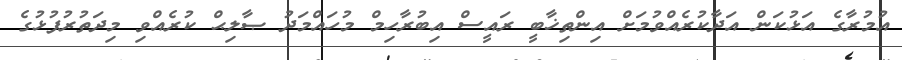
އުމުރާގެ އަޅުކަން އަދާކުރެއްވުމަށް އިންތިޚާބީ ރައީސް އިބުރާހިމް މުހައްމަދު ޞާލިޙް ކުރެއްވި މިދަތުރުފުޅުގެ